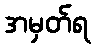
အမှတ်ရ